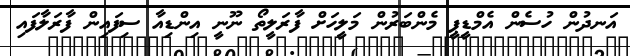
އަނދުން ހުސެން އެމްޑީޕީ މެންބަރުން މަލީހަށް ފާރަލީތޯ ނޫނީ އިންޑިއާ ސިފައިން ފާރަލާފައި